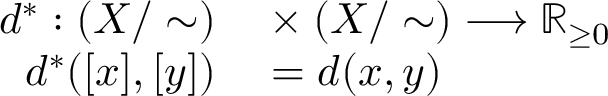
\begin{array} { r l } { d ^ { * } : ( X / \sim ) } & { { } \times ( X / \sim ) \longrightarrow \mathbb { R } _ { \geq 0 } } \\ { d ^ { * } ( [ x ] , [ y ] ) } & { { } = d ( x , y ) } \end{array}